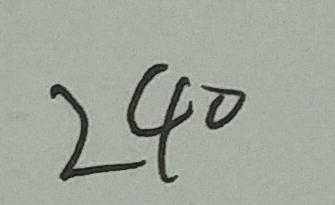
2 4 0